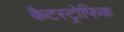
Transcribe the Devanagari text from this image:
कैटस्ट्रोफिक